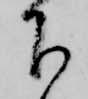
下